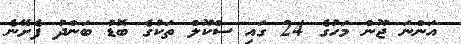
އަންނަ ޖޫން މަހުގެ 24 ގައި ސްކޫލް ތަކުގެ ބޮޑު ބަންދު ފެށޭނެ